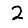
Digit: 2